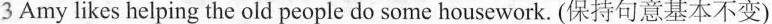
3 Amy likes helping the old people do some housework. (保持句意基本不变)